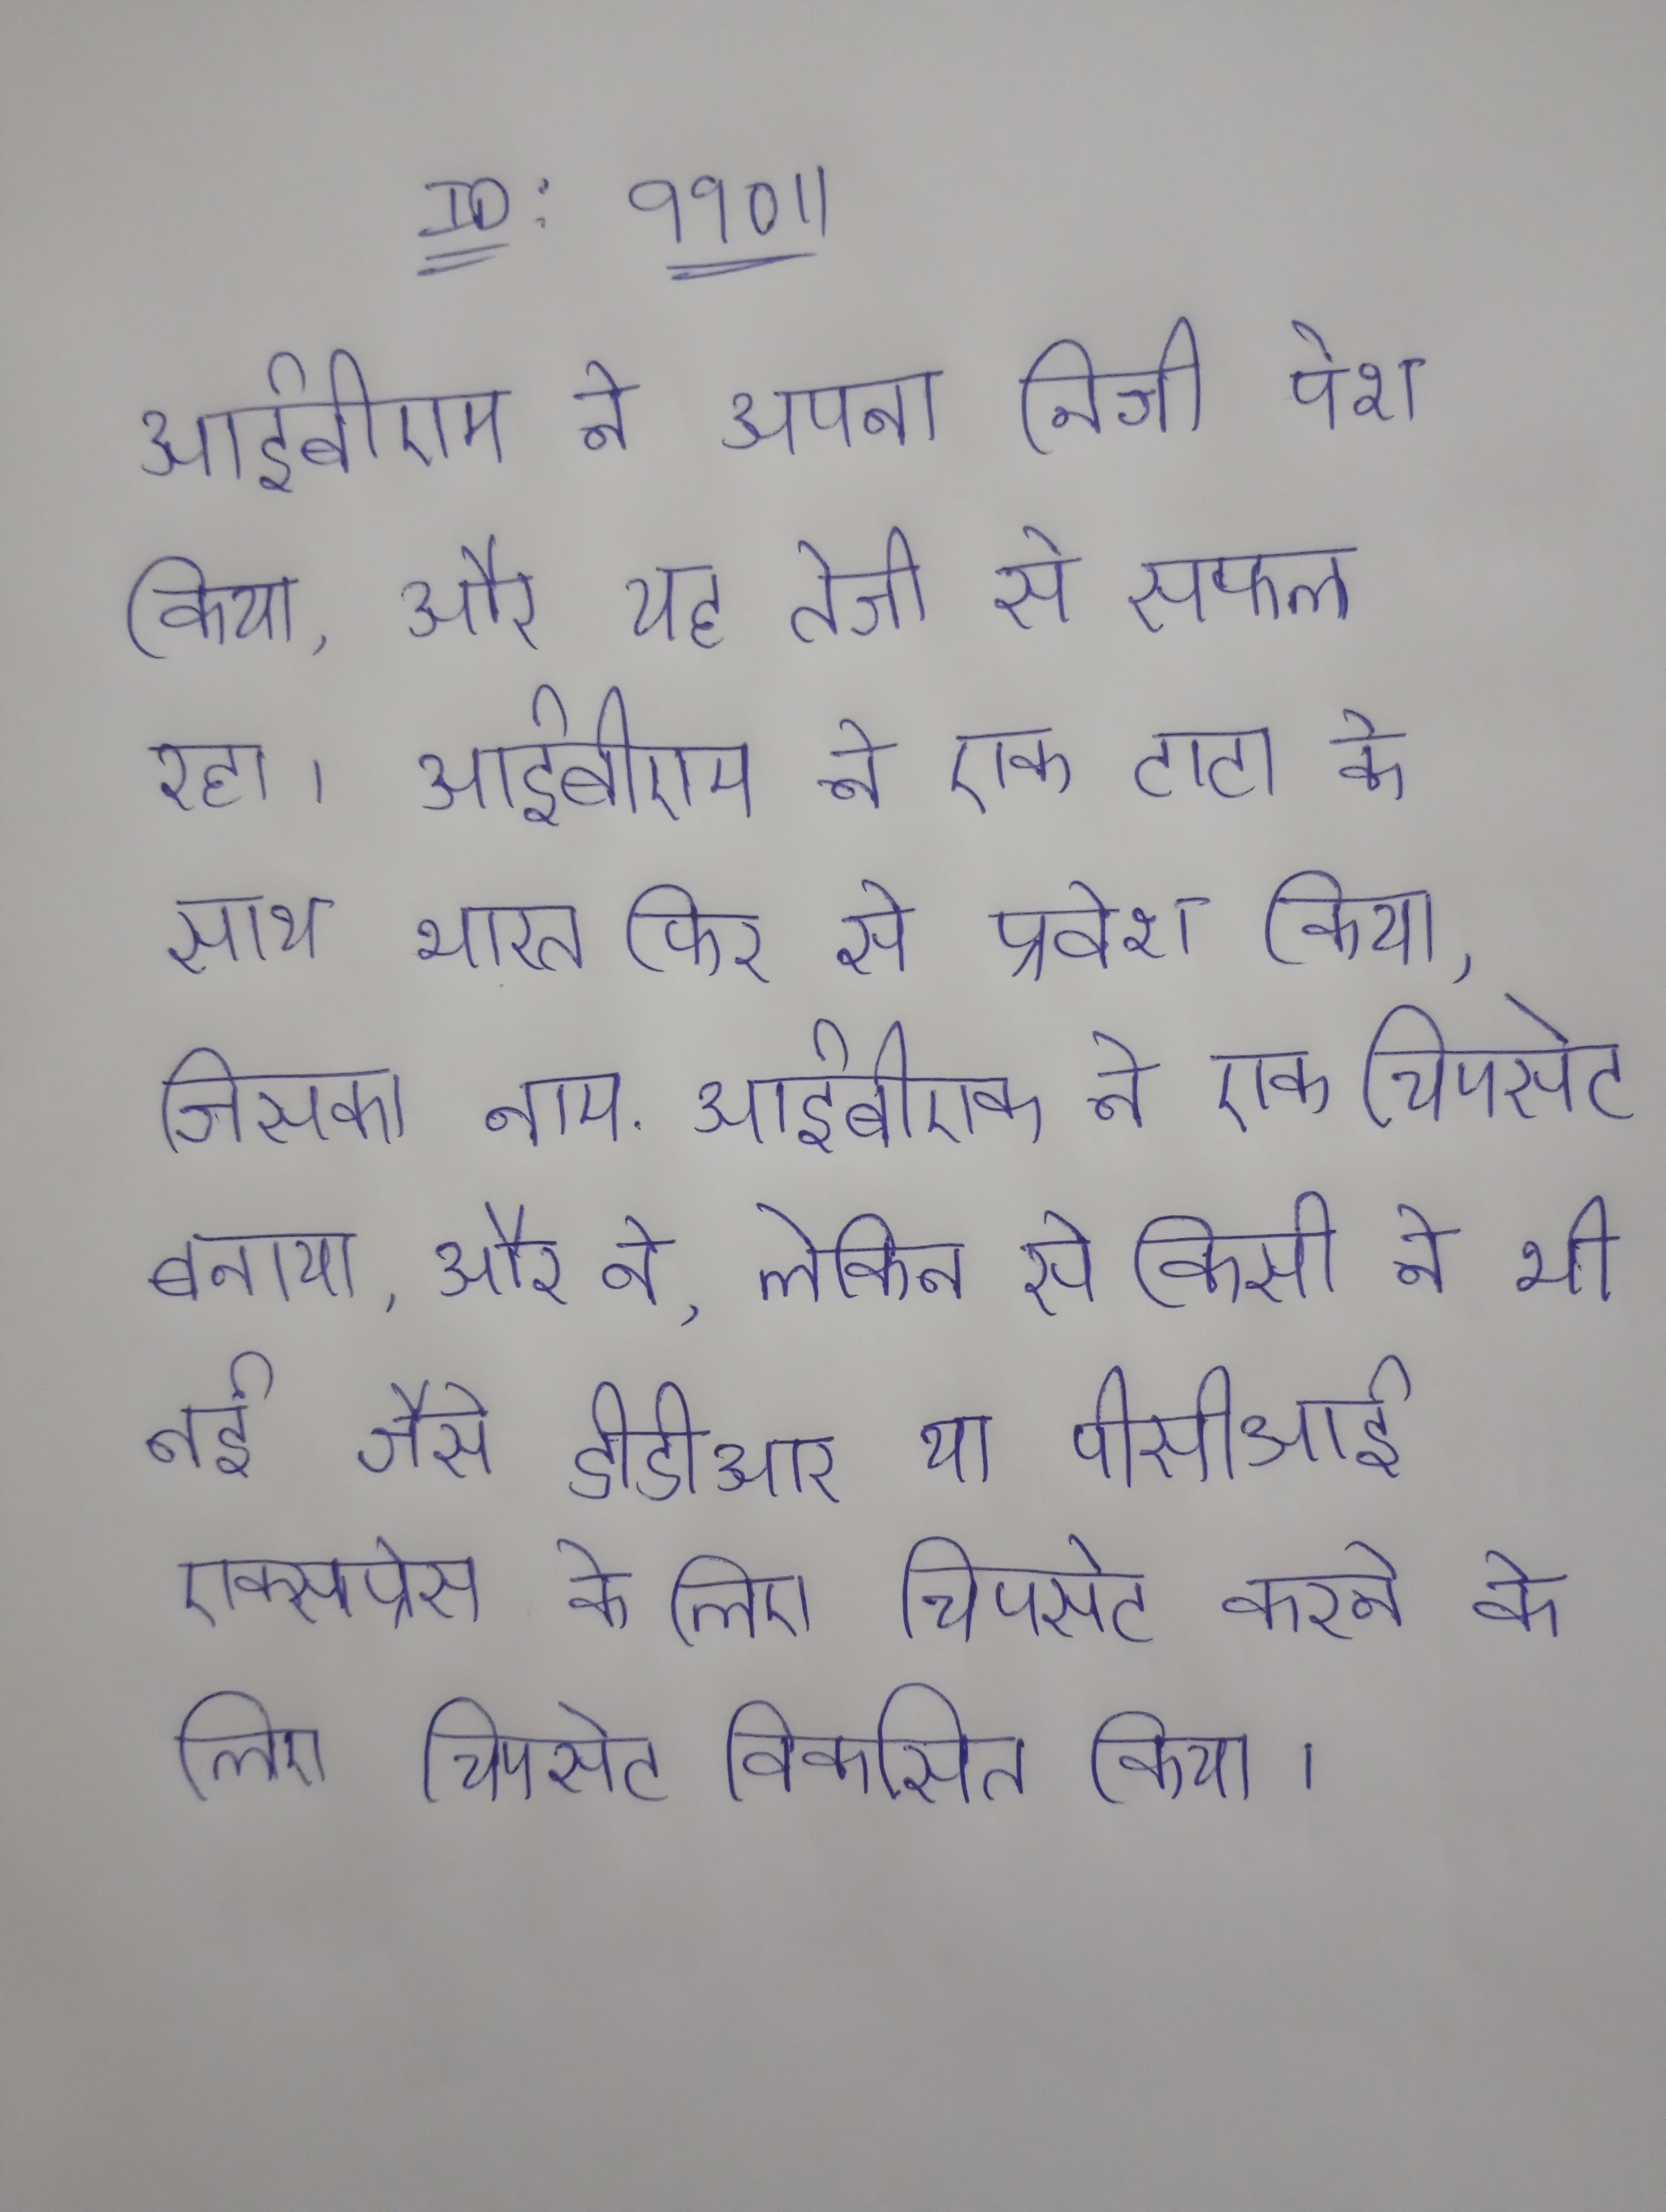
आईबीएम ने अपना निजी पेश किया, और यह तेजी से सफल रहा । आईबीएम ने एक टाटा के साथ भारत फिर से प्रवेश किया, जिसका नाम . आईबीएम ने एक चिपसेट बनाया, और ने, लेकिन से किसी ने भी नई जैसे डीडीआर या पीसीआई एक्सप्रेस का समर्थन करने के लिए चिपसेट विकसित किया ।